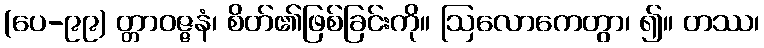
(ပေ-၉၉) တ္တာဝဇ္ဇနံ၊ စိတ်၏ဖြစ်ခြင်းကို။ ဩလောကေတွာ၊ ၍။ တဿ၊